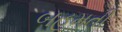
બહૂમતી